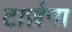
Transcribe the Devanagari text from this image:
टार्ज़ना